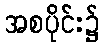
အစပိုင်း၌